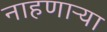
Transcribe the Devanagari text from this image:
नाहणाऱ्या